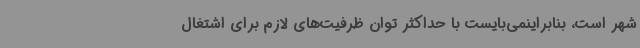
شهر است، بنابراینمی‌بایست با حداکثر توان ظرفیت‌های لازم برای اشتغال